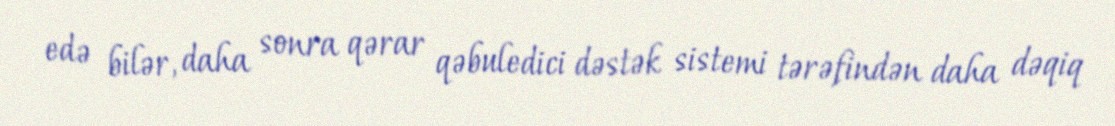
edə bilər, daha sonra qərar qəbuledici dəstək sistemi tərəfindən daha dəqiq